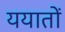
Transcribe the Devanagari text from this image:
ययातों